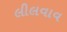
લીલવાવ